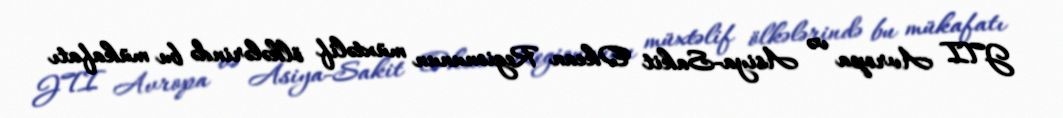
JTI Avropa və Asiya-Sakit Okean Regionunun müxtəlif ölkələrində bu mükafatı